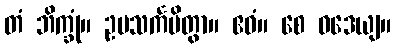
တံ ဘိက္ခုံ။ ဥပသင်္ကမိတွာ။ ဧဝံ။ စေ ဝဒေယျ။